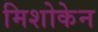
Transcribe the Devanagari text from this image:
मिशोकेन